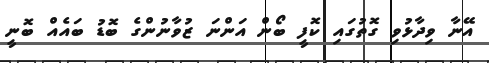
އޭނާ ވިދާޅުވި ގޮތުގައި ކޮފީ ބޯން އަންނަ ޒުވާނުންގެ ބޮޑު ބައެއް ބޮނީ